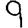
Digit: 9